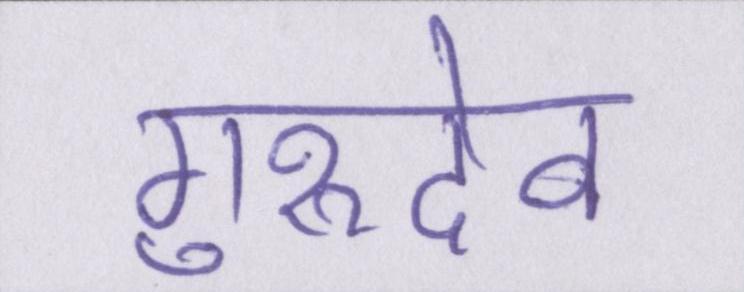
गुरुदेव